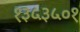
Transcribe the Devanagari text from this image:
१३५३५०१